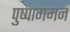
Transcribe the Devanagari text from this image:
पुष्पागमन